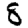
Digit: 8